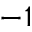
^ { - 1 }